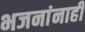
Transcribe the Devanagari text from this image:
भजनांनाही